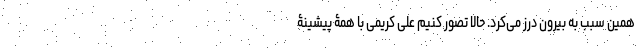
همین سبب به بیرون درز می‌کرد. حالا تصور کنیم علی کریمی با همۀ پیشینۀ